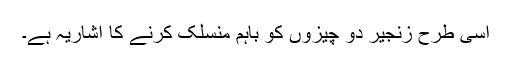
اسی طرح زنجیر دو چیزوں کو باہم منسلک کرنے کا اشاریہ ہے۔